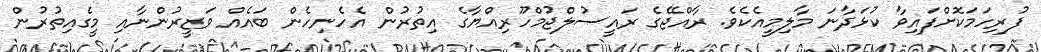
ފުރިހަމަކޮށްފައިވާ ކުޅަދާނަ މާލިމީއެކެވެ. ރާއްޖޭގެ ރައީސުލްޖުމްހޫރިއްޔާގެ އިތުރުން އެހެނިހެން ބައެއް ވަޒީރުންނާއި މީގެއިތުރުން